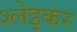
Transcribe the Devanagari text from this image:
श्लेइकर